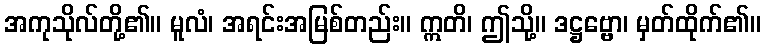
အကုသိုလ်တို့၏။ မူလံ၊ အရင်းအမြစ်တည်း။ ဣတိ၊ ဤသို့။ ဒဋ္ဌဗ္ဗော၊ မှတ်ထိုက်၏။